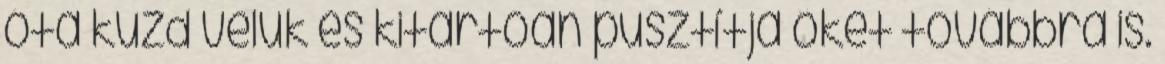
óta küzd velük és kitartóan pusztítja őket továbbra is.